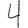
Digit: 4